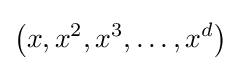
\left(x,x^{2},x^{3},\dots ,x^{d}\right)